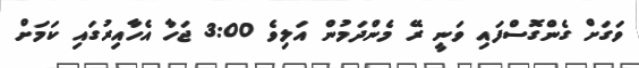
ވަގަށް ގެންގޮސްފައި ވަނީ ރޭ މެންދަމުން އަލިވެ 3:00 ޖަހާ އެހާއިރުގައި ކަމަށް